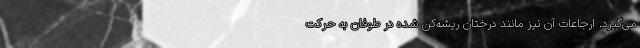
می‌گیرد. ارجاعات آن نیز مانند درختان ریشه‌کن شده در طوفان به حرکت